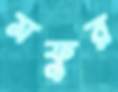
মফুর